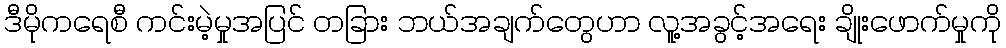
ဒီမိုကရေစီ ကင်းမဲ့မှုအပြင် တခြား ဘယ်အချက်တွေဟာ လူ့အခွင့်အရေး ချိုးဖောက်မှုကို